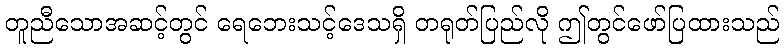
တူညီသောအဆင့်တွင် ရေဘေးသင့်ဒေသရှိ တရုတ်ပြည်လို ဤတွင်ဖော်ပြထားသည်